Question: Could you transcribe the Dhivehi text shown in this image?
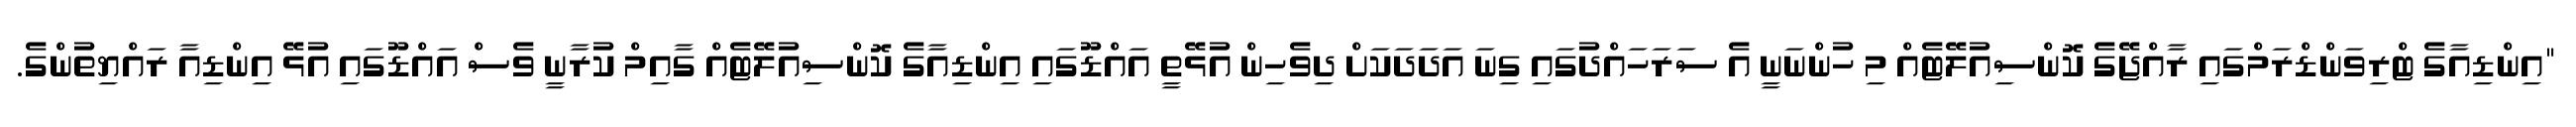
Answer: "އިންޑިއާގެ ޓްރިވަންޑްރަމްގައި ރާއްޖޭގެ ކޮންސިއުލޭޓެއް މި ހުންނަނީ އެ ސަރަހައްދުގައި ގިނަ އަދަދަކަށް ދިވެހިން އުޅޭތީ އައްޑޫގައި އިންޑިއާގެ ކޮންސިއުލޭޓެއް ގާއިމް ކުރާނީ ވެސް އައްޑޫގައި އުޅޭ އިންޑިއާ ރައްޔިތުންގެ.